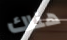
هناك